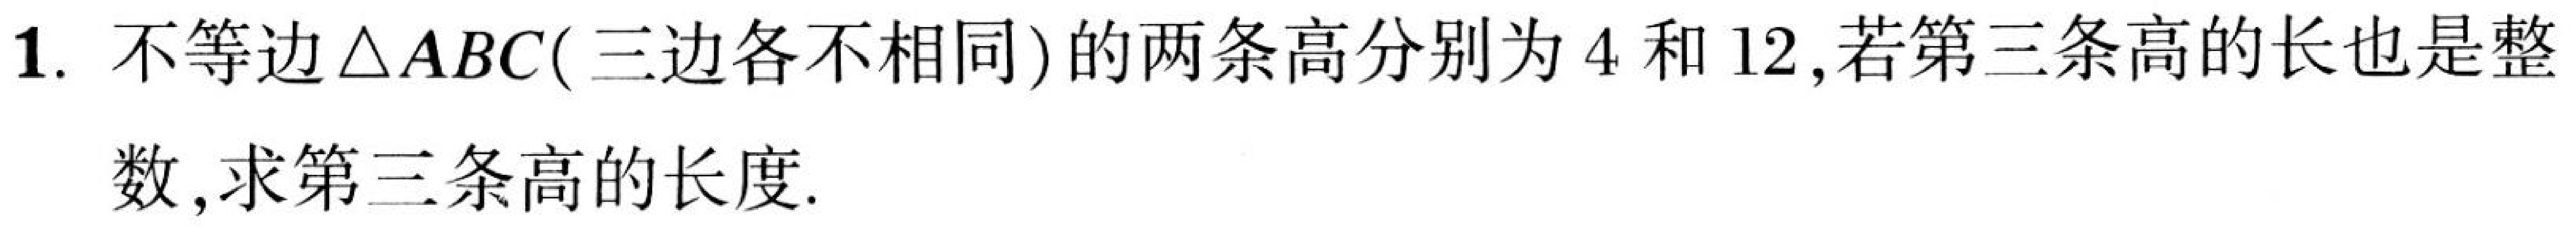
1. 不等边\(\triangle ABC\)（三边各不相同）的两条高分别为\(4\)和\(12\)，若第三条高的长也是整
数，求第三条高的长度.